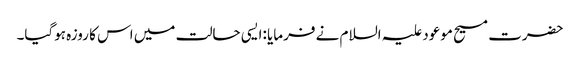
حضرت مسیح موعود علیہ السلام نے فرمایا :ایسی حالت میں اس کا روزہ ہوگیا۔